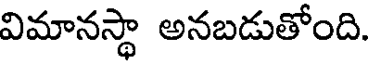
విమానస్థా అనబడుతోంది.